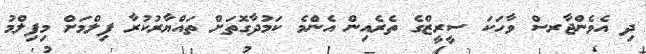
ދި އެވެންޖާރސް ވާހަކަ ސީރީޒްގެ ތެރެއިން އެންމެ ކަމުދާގޮތަށް ތައްޔާރުކުރާ ފިލްމަށް މިފިލްމު